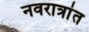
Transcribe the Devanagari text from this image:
नवरात्रांत